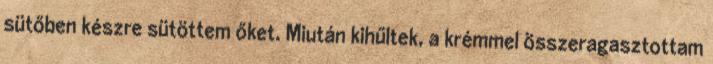
sütőben készre sütöttem őket. Miután kihűltek, a krémmel összeragasztottam